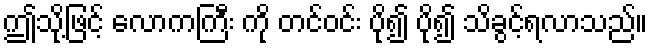
ဤသို့ဖြင့် လောကကြီး ကို တင်ဝင်း ပို၍ ပို၍ သိခွင့်ရလာသည်။